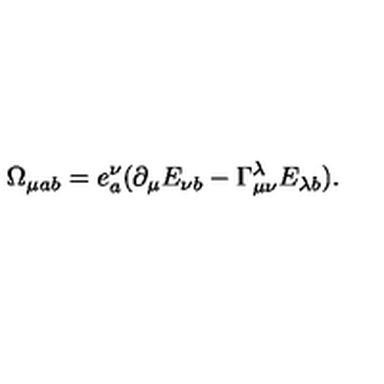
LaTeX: \Omega _ { \mu a b } = e _ { a } ^ { \nu } ( \partial _ { \mu } E _ { \nu b } - \Gamma _ { \mu \nu } ^ { \lambda } E _ { \lambda b } ) .